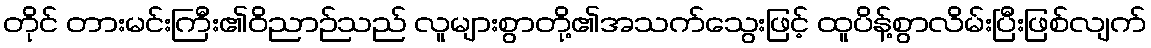
တိုင် တားမင်းကြီး၏ဝိညာဉ်သည် လူများစွာတို့၏အသက်သွေးဖြင့် ထူပိန့်စွာလိမ်းပြီးဖြစ်လျက်